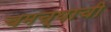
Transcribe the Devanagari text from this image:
चमच्याची